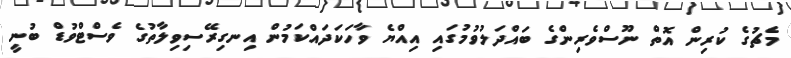
މެޗުގެ ކުރިން އޮތް ނޫސްވެރިންގެ ބައްދަލުވުމުގައި އިއްޔެ ވާހަކަދައްކަމުން އިނގިރޭސިވިލާތުގެ ވެސްޓްވުޑް ބުނީ